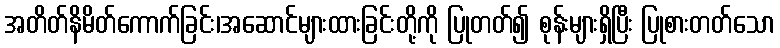
အတိတ်နိမိတ်ကောက်ခြင်း၊အဆောင်များထားခြင်းတို့ကို ပြုတတ်၍ စုန်းများရှိပြီး ပြုစားတတ်သော